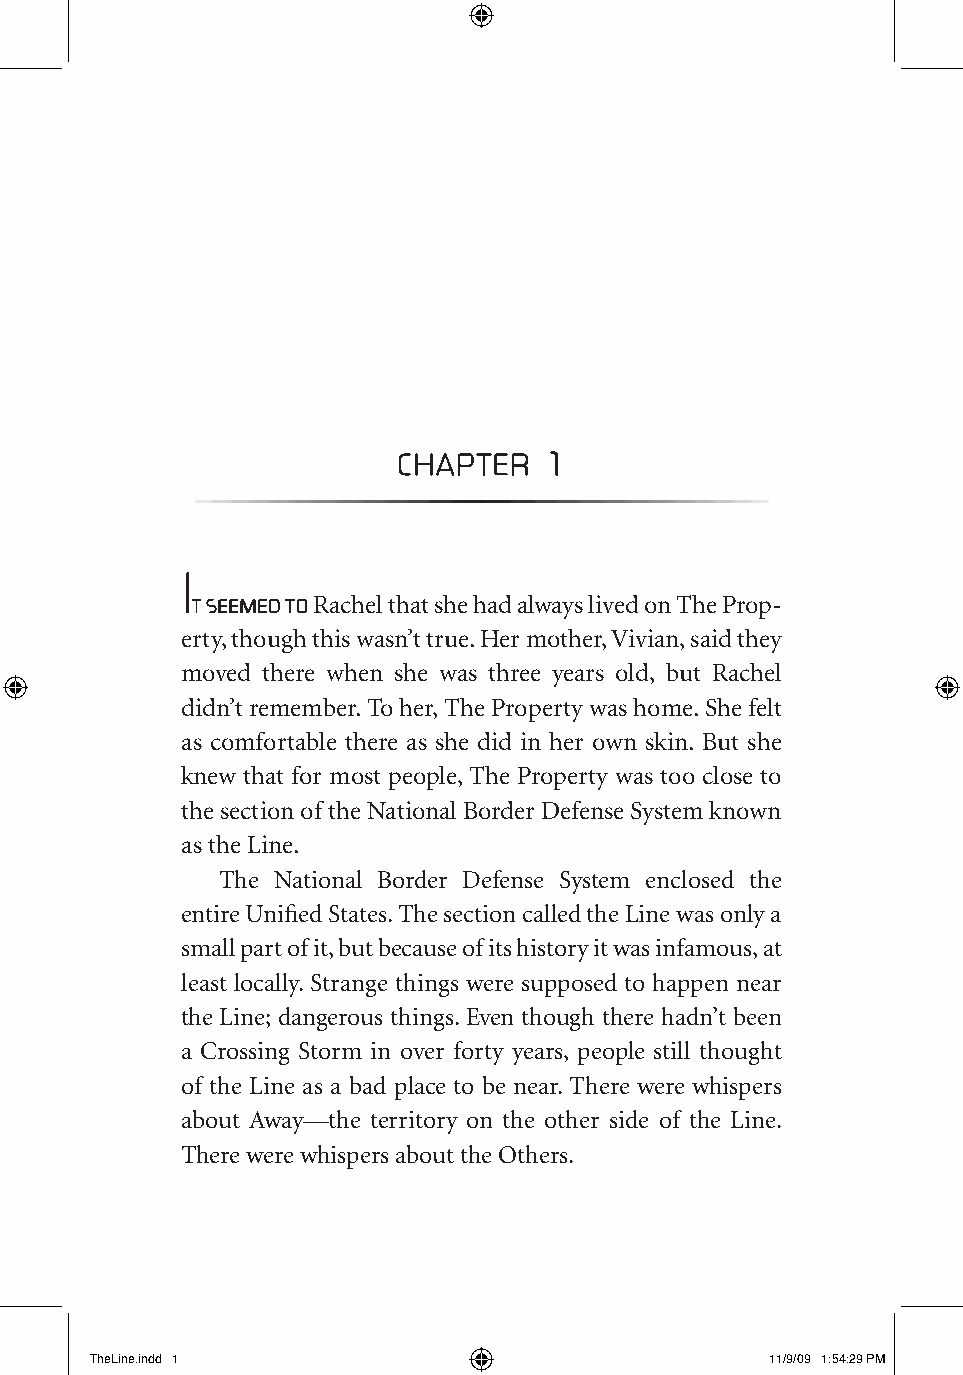
1
 chapter
 I
 t seemed to
 Rachel that she had always lived on The Prop-
 erty, though this wasn’t true. Her mother, Vivian, said they
 moved there when she was three years old, but Rachel
 didn’t remember. To her, The Property was home. She felt
 as comfortable there as she did in her own skin. But she
 knew that for most people, The Property was too close to
 the section of the National Border Defense System known
 as the Line.
 The National Border Defense System enclosed the
 entire Unified States. The section called the Line was only a
 small part of it, but because of its history it was infamous, at
 least locally. Strange things were supposed to happen near
 the Line; dangerous things. Even though there hadn’t been
 a Crossing Storm in over forty years, people still thought
 of the Line as a bad place to be near. There were whispers
 about Away—the territory on the other side of the Line.
 There were whispers about the Others.
 TheLine.indd 1                               11/9/09 1:54:29 PM